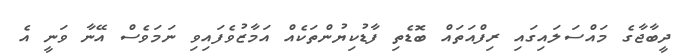
ދީބާޖާގެ މައްސަލައިގައި ރިފްއަތައް ބޮޑެތި ފާޑުކިޔުންތަކެއް އަމާޒުވެފައިވި ނަމަވެސް އޭނާ ވަނީ އެ